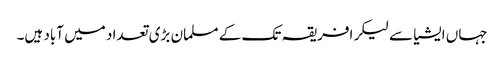
جہاں ایشیا سے لیکر افریقہ تک کے مسلمان بڑی تعداد میں آباد ہیں۔